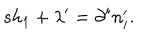
s h _ { 1 } + \lambda ^ { \prime } = \partial ^ { i } n _ { i } ^ { \prime } .